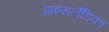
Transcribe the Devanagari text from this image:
आइसलैंडिका